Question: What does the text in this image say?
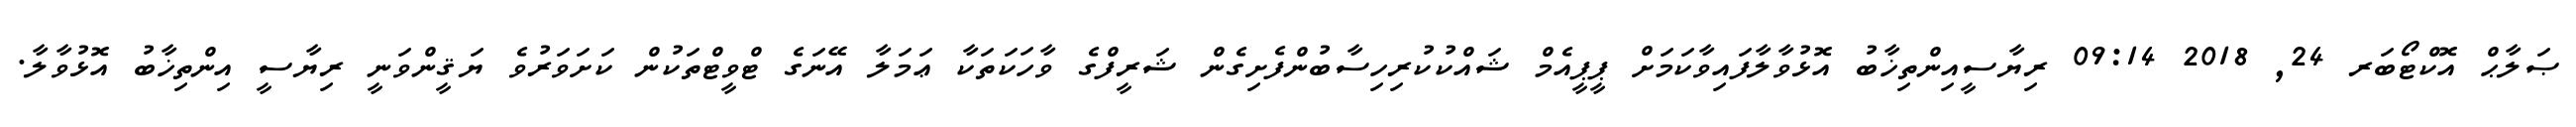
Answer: ޞަލާޙް އޮކްޓޯބަރ 24, 2018 09:14 ރިޔާސީއިންތިޚާބު އޮޅުވާލާފައިވާކަމަށް ޕީޕީއެމް ޝައްކުކުރިހިސާބުންފެށިގެން ޝަރީފްގެ ވާހަކަތަކާ ޢަމަލާ އޭނަގެ ޓްވީޓްތަކުން ކަށަވަރުވެ ޔަޤީންވަނީ ރިޔާސީ އިންތިޚާބު އޮޅުވާލާ.